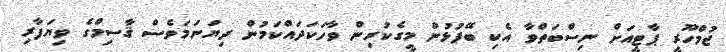
ޖުމްހޫރީ ޕާޓީއަށް ނިސްބަތްވާ އެކި ބޭފުޅުން މީގެކުރިން ވާހަކަދައްކަމުން ދިޔަނަމަވެސް ޤާސިމްގެ ވިޔަފާރި